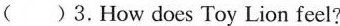
( )3.How does Toy Lion feel?